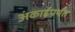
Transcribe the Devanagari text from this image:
अंकाईपर्यंत